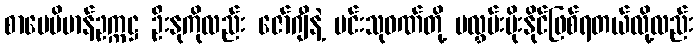
စာပေဗိမာန်ဥက္ကဋ္ဌ ဦးနုကိုလည်း ဇော်ဂျီနဲ့ မင်းသုဝဏ်တို့ မလွှမ်းမိုးနိုင်ဖြစ်ရတယ်လို့လည်း